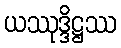
ယဿုဒ္ဒိဋ္ဌဿ